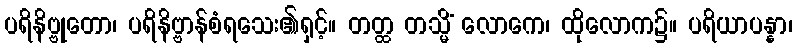
ပရိနိဗ္ဗုတော၊ ပရိနိဗ္ဗာန်စံရသေး၏ရှင့်။ တတ္ထ တသ္မိံ လောကေ၊ ထိုလောက၌။ ပရိယာပန္နာ၊